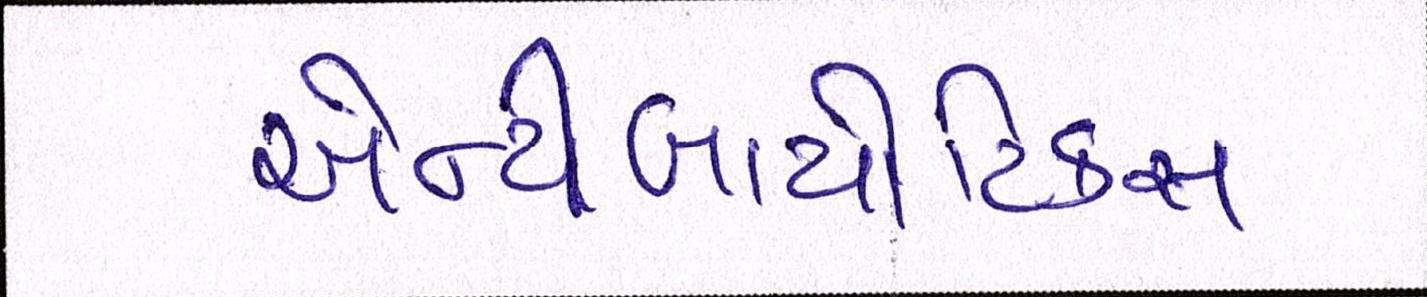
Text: એન્ટીબાયોટિકસ